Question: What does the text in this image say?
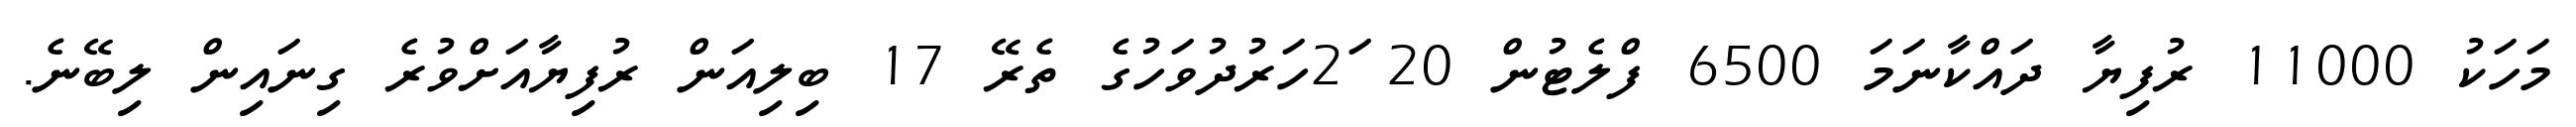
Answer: މަހަކު 11000 ރުފިޔާ ދައްކާނަމަ 6500 ފްލެޓުން 20 2ަހަރުދުވަހުގެ ތެރޭ 17 ބިލިއަން ރުފިޔާއަށްވުރެ ގިނައިން ލިބޭނެ.